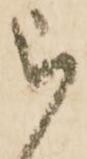
被